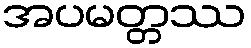
အပမတ္တဿ